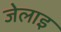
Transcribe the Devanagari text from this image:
जेलाइ